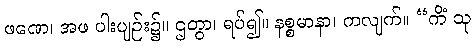
ဖဏေ၊ အဖ ပါးပျဉ်း၌။ ဌတွာ၊ ရပ်၍။ နစ္စမာနာ၊ ကလျက်။ “ကိံ သု